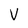
Character: V